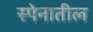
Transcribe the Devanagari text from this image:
स्पेनातील